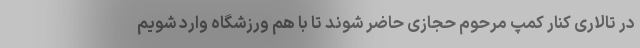
در تالاری کنار کمپ مرحوم حجازی حاضر شوند تا با هم ورزشگاه وارد شویم